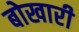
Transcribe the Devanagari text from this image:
बोखारी